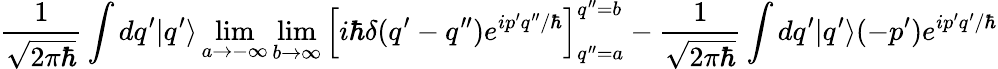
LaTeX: \frac{1}{\sqrt{2\pi\hbar}}\int dq^{\prime}|q^{\prime}\rangle\operatorname*{lim}_{a\rightarrow-\infty}\operatorname*{lim}_{b\rightarrow\infty}\left[i\hbar\delta(q^{\prime}-q^{\prime\prime})e^{ip^{\prime}q^{\prime\prime}/\hbar}\right]_{q^{\prime\prime}=a}^{q^{\prime\prime}=b}-\frac{1}{\sqrt{2\pi\hbar}}\int dq^{\prime}|q^{\prime}\rangle(-p^{\prime})e^{ip^{\prime}q^{\prime}/\hbar}